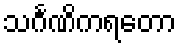
သင်္ဂဏိကရတော